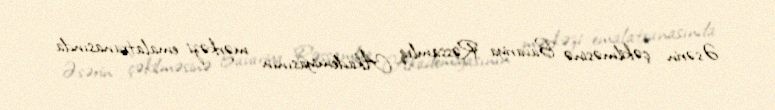
Əsərin çəkilməsinə Bavariya Rəssamlıq Akademiyasının mərkəzi emalatxanasında